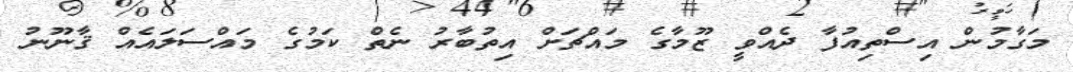
މަގާމުން އިސްތިއުފާ ދެއްވީ ޒޫމާގެ މައްޗަށް އިތުބާރު ނެތް ކަމުގެ މައްސަލައެއް ޤާނޫނު